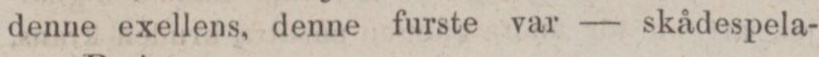
denne exellens, denne furste var — skådespela-